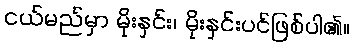
ငယ်မည်မှာ မိုးနှင်း၊ မိုးနှင်းပင်ဖြစ်ပါ၏။